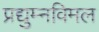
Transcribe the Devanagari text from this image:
प्रद्युम्नविमल